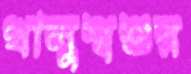
খালুশ্বশুর